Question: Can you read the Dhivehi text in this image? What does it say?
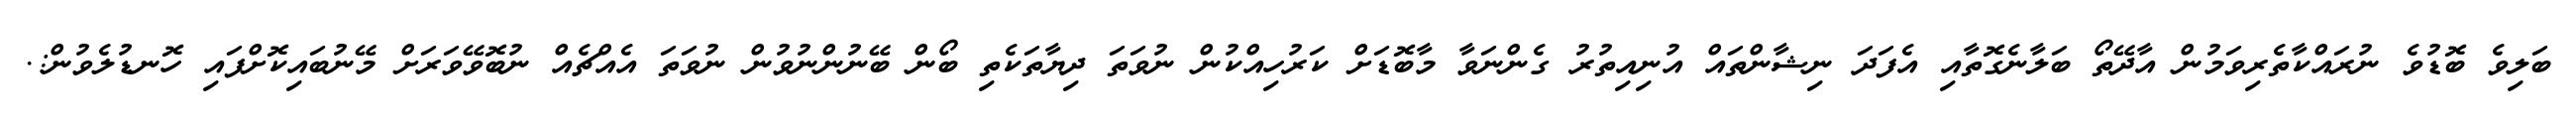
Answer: ބަލިވެ ބޮޑުވެ ނުރައްކާތެރިވަމުން އާދޭތޯ ބަލާނެގޮތާއި އެފަދަ ނިޝާންތައް އުނިއިތުރު ގެންނަވާ މާބޮޑަށް ކަރުހިއްކުން ނުވަތަ ދިޔާތަކެތި ބޯން ބޭނުންނުވުން ނުވަތަ އެއްޗެއް ނުބޮވޭވަރަށް މޭނުބައިކޮށްފައި ހޮނޑުލެވުން:.